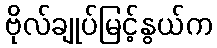
ဗိုလ်ချုပ်မြင့်နွယ်က